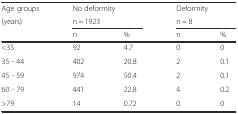
| Age groups | <COLSPAN=2> No deformity | <COLSPAN=2> Deformity |
 | (years) | <COLSPAN=2> n = 1923 | <COLSPAN=2> n = 8 |
 |  | n | % | n | % |
 | --- | --- | --- | --- | --- |
 | <35 | 92 | 4.7 | 0 | 0 |
 | 35 - 44 | 402 | 20.8 | 2 | 0.1 |
 | 45 - 59 | 974 | 50.4 | 2 | 0.1 |
 | 60 - 79 | 441 | 22.8 | 4 | 0.2 |
 | >79 | 14 | 0.72 | 0 | 0 |